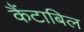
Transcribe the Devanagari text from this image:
कैंटाबिल